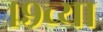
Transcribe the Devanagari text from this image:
४९च्या